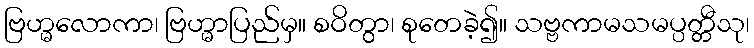
ဗြဟ္မလောကာ၊ ဗြဟ္မာပြည်မှ။ စဝိတွာ၊ စုတေခဲ့၍။ သဗ္ဗကာမသမပ္ပတ္တီသု၊